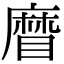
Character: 𥉵